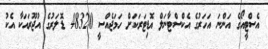
އެސްޓީއޯގެ އަންނަ އަހަރުގެ އެކްސްޓާނަލް އޮޑިޓަރަކަށް ހަމަޖެއްސީ 48320 ޑޮލަރުގެ އުޖޫރައަކާ އެކު